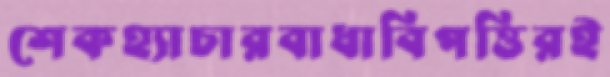
শেকহ্যাচারবাধাবিপত্তিরই